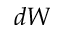
d W